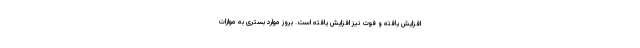
افزایش یافته و فوت نیز افزایش یافته است. بروز موارد بستری به موازات